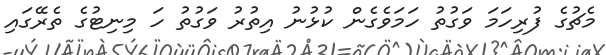
މެޗުގެ ފުރިހަމަ ވަގުތު ހަމަވެގެން ކުޅުނު އިތުރު ވަގުތު ހަ މިނިޓުގެ ތެރޭގައި